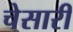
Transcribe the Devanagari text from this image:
चेसारी